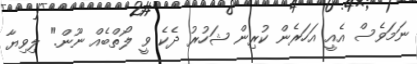
ނަމަވެސް އެއީ އަހަރެން ކުރިން ޝަހުރު ދެކެ ވީ ލޯތްބެއް ނޫން." ލިވިޔާ